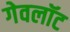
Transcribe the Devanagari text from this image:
गेवलॉट